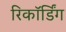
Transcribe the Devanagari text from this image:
रिकाॅर्डिंग